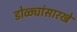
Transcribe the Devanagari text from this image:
डोळ्यांसारखे